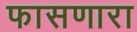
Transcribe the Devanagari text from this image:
फासणारा